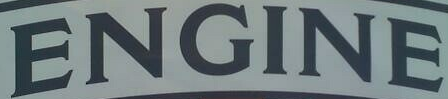
ENGINE